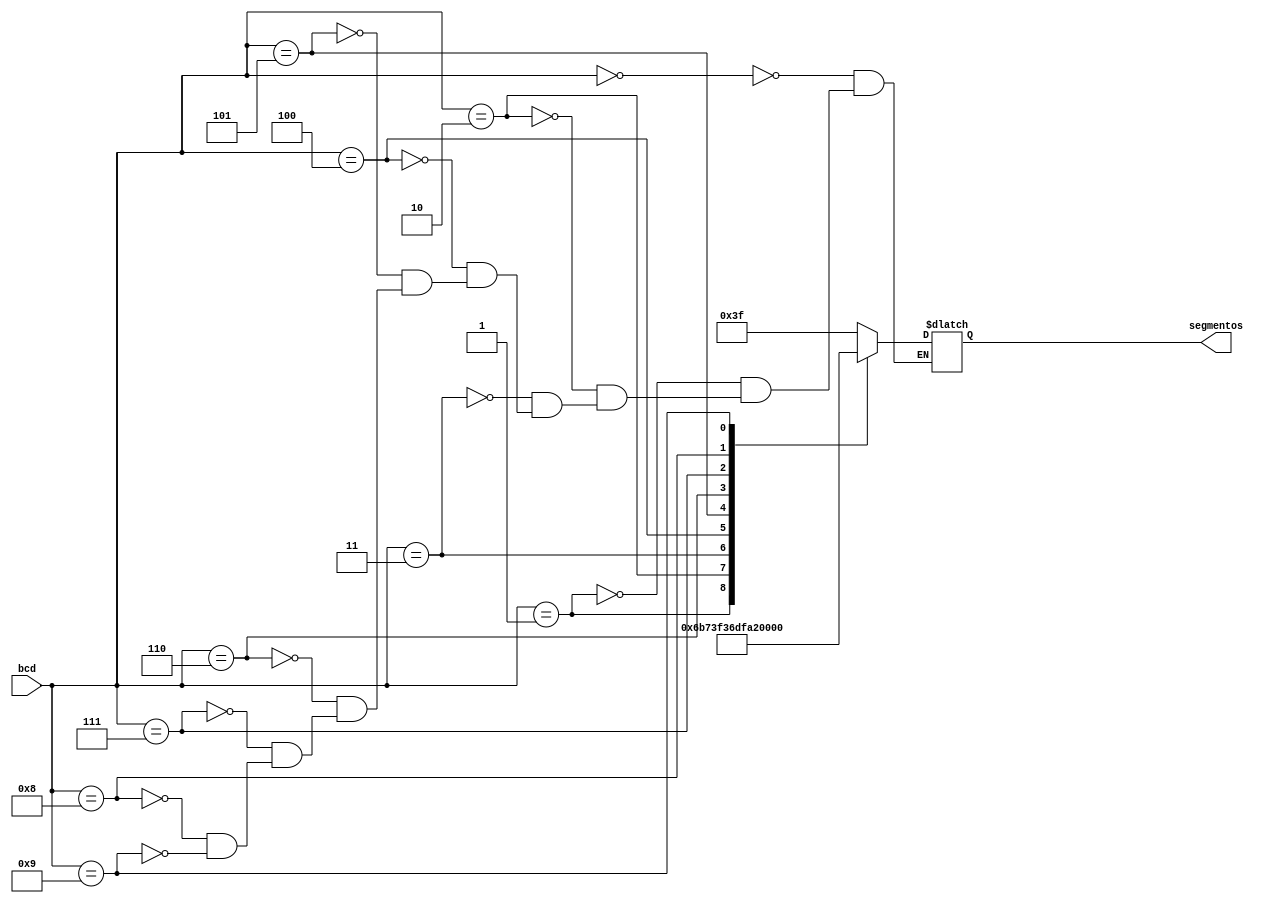
`timescale 1ns / 1ps

//precached rom

module deco_seg_7(
    input [3:0] bcd,
    output reg [6:0] segmentos
    );
    
    always @*
    case (bcd)
        4'b0000: segmentos = 7'b0111111; // 0
        4'b0001: segmentos = 7'b0000110; // 1
        4'b0010: segmentos = 7'b1011011; // 2
        4'b0011: segmentos = 7'b1001111; // 3
        4'b0100: segmentos = 7'b1100110; // 4
        4'b0101: segmentos = 7'b1101101; // 5
        4'b0110: segmentos = 7'b1111101; // 6
        4'b0111: segmentos = 7'b0000111; // 7
        4'b1000: segmentos = 7'b1111111; // 8
        4'b1001: segmentos = 7'b1101111; // 9
    endcase
endmodule